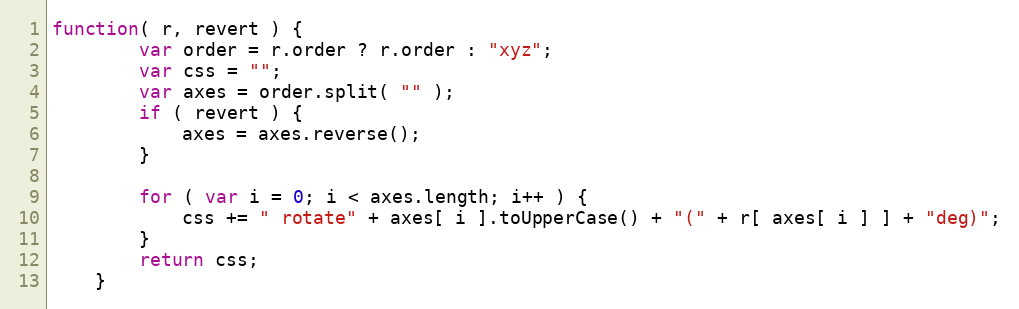
Language: JavaScript
function( r, revert ) {
        var order = r.order ? r.order : "xyz";
        var css = "";
        var axes = order.split( "" );
        if ( revert ) {
            axes = axes.reverse();
        }

        for ( var i = 0; i < axes.length; i++ ) {
            css += " rotate" + axes[ i ].toUpperCase() + "(" + r[ axes[ i ] ] + "deg)";
        }
        return css;
    }